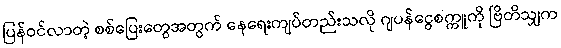
ပြန်ဝင်လာတဲ့ စစ်ပြေးတွေအတွက် နေရေးကျပ်တည်းသလို ဂျပန်ငွေစက္ကူကို ဗြိတိသျှက